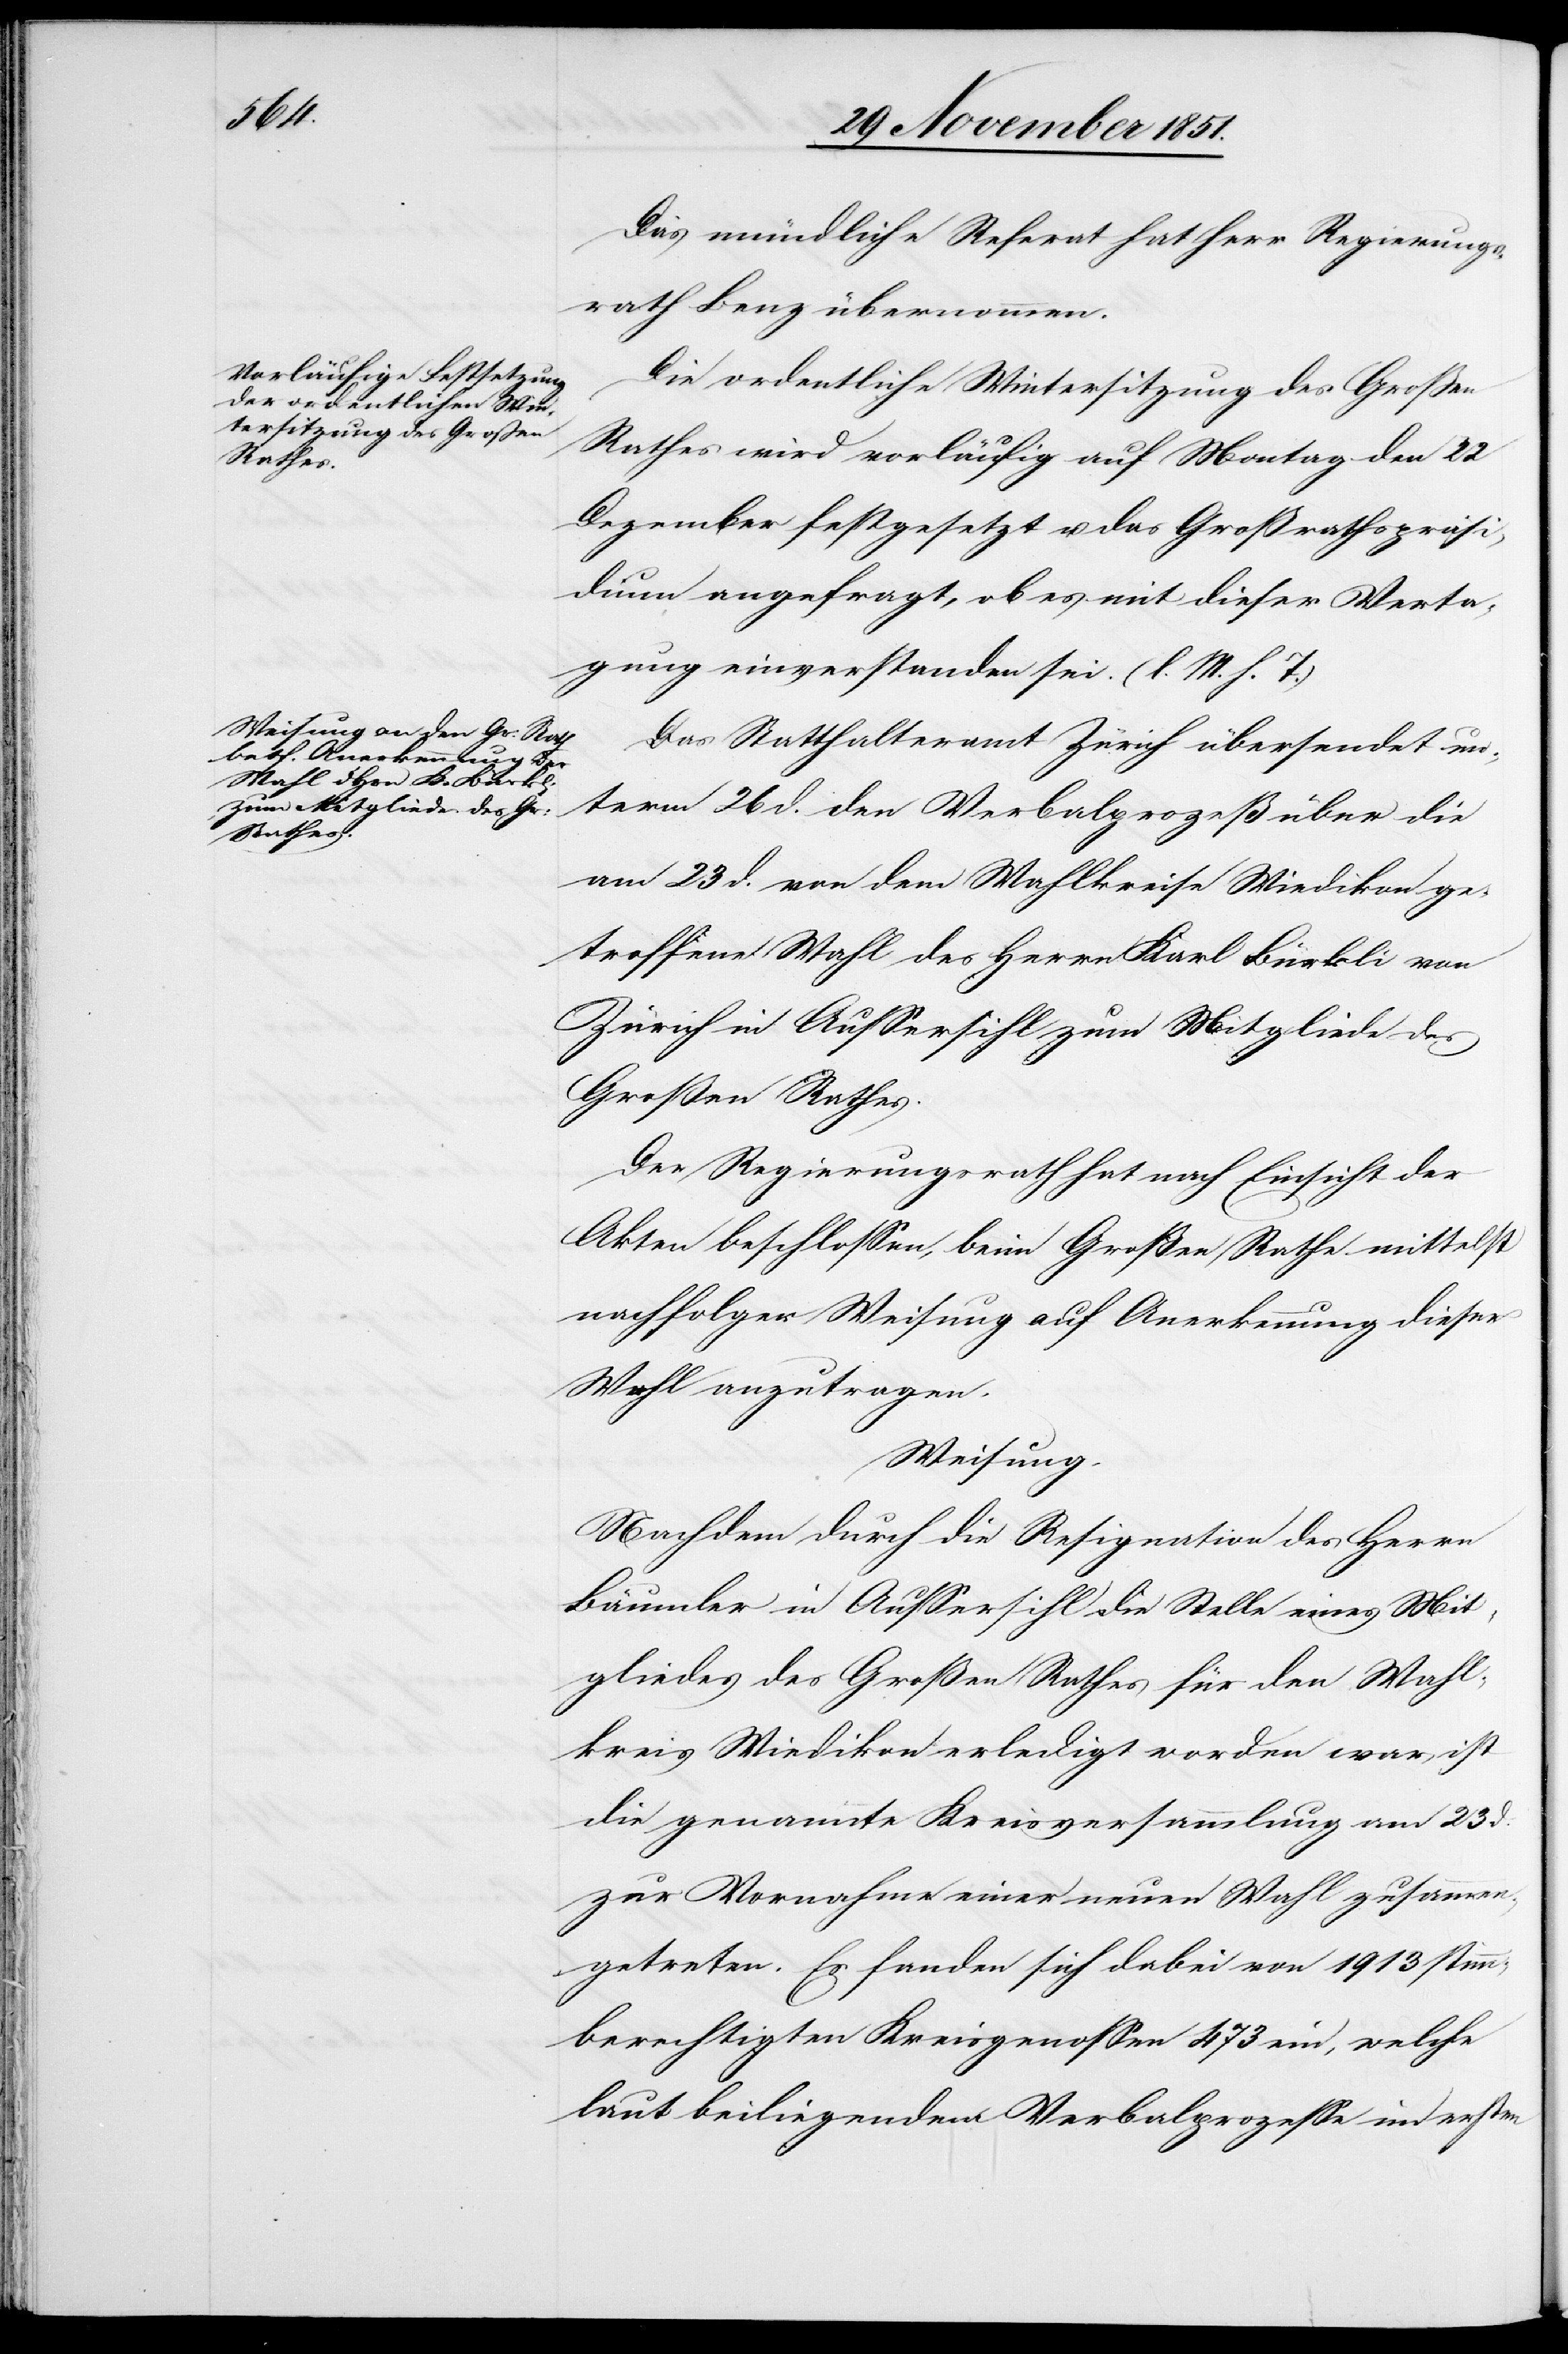
Das mündliche Referat hat Herr Regierungs¬
rath Benz übernommen.
Die ordentliche Wintersitzung des Großen
Rathes wird vorläufig auf Montag den 22
Dezember festgesetzt u. das Großrathspräsi¬
dium angefragt, ob es mit dieser Verta¬
gung einverstanden sei. (l. M. h. T.)
Das Statthalteramt Zürich übersendet un¬
term 26 d. den Verbalprozeß über die
am 23 d. von dem Wahlkreise Wiedikon ge¬
troffene Wahl des Herrn Karl Bürkli von
Zürich in Aussersihl zum Mitgliede des
Großen Rathes.
Der Regierungsrath hat nach Einsicht der
Akten beschlossen, beim Großen Rathe mittelst
nachfolg[end]er Weisung auf Anerkennung dieser
Wahl anzutragen.
Weisung.
Nachdem durch die Resignation des Herrn
Bäumler in Aussersihl die Stelle eines Mit¬
gliedes des Großen Rathes für den Wahl¬
kreis Wiedikon erledigt worden war, ist
die genannte Kreisversammlung am 23 d.
zur Vornahme einer neuen Wahl zusammen¬
getreten. Es fanden sich dabei von 1913 stimm¬
berechtigten Kreisgenossen 473 ein, welche
laut beiliegendem Verbalprozesse im ersten